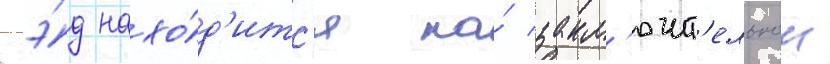
гэ́д нахо́д'итс'я на́ закл'ючит'ельнои